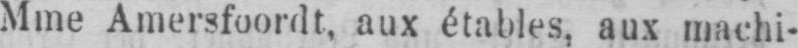
Mme Amersfoordt, aux étables, aux machi-